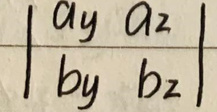
\[
\begin{vmatrix}
a_y & a_z \\
b_y & b_z
\end{vmatrix}
\]